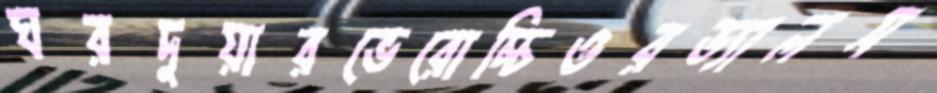
ঘরদুয়ারভেরোচ্চিওরড্যালস